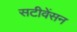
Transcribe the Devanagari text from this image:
सटीवेंसन